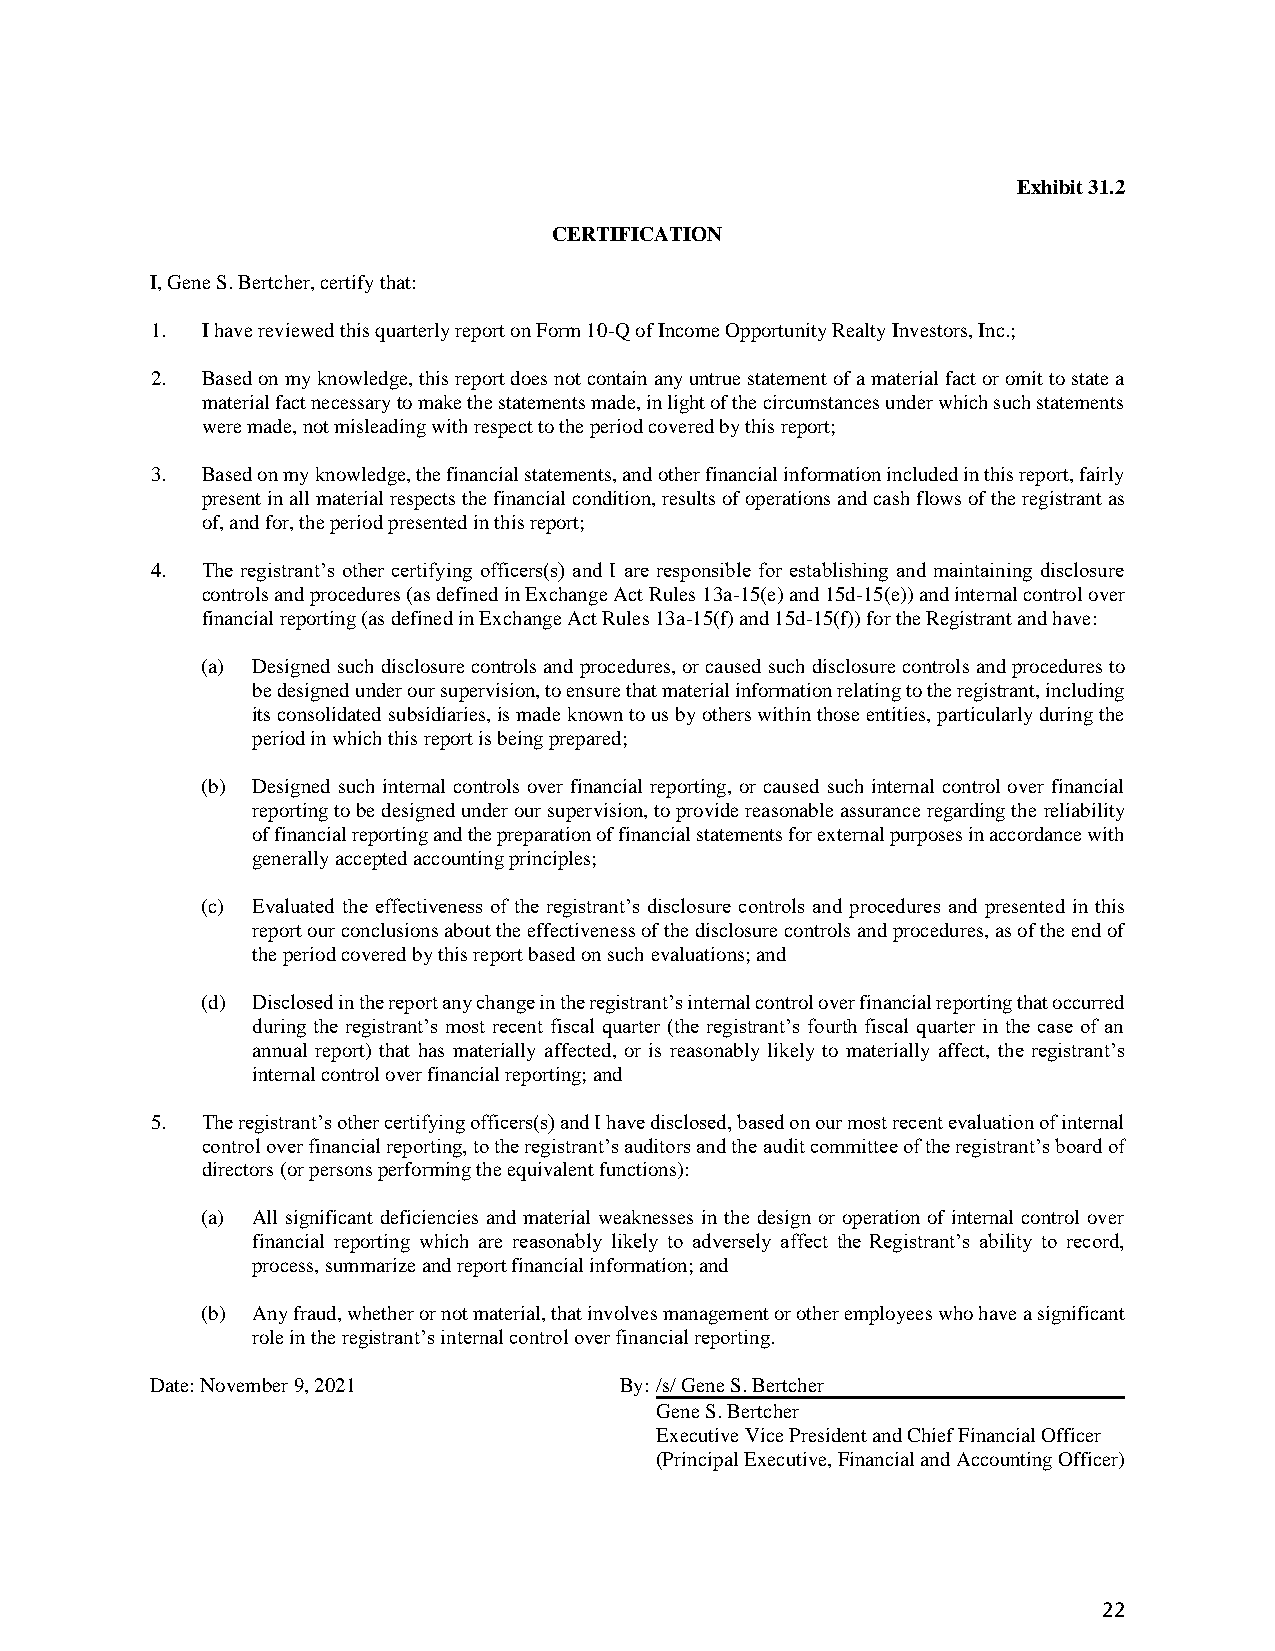
Exhibit 31.2
 CERTIFICATION
 I, Gene S. Bertcher, certify that:
 1. I have reviewed this quarterly report on Form 10-Q of Income Opportunity Realty Investors, Inc.;
 2. Based on my knowledge, this report does not contain any untrue statement of a material fact or omit to state a
 material fact necessary to make the statements made, in light of the circumstances under which such statements
 were made, not misleading with respect to the period covered by this report;
 3. Based on my knowledge, the financial statements, and other financial information included in this report, fairly
 present in all material respects the financial condition, results of operations and cash flows of the registrant as
 of, and for, the period presented in this report;
 4. The registrant’s other certifying officers(s) and I are responsible for establishing and maintaining disclosure
 controls and procedures (as defined in Exchange Act Rules 13a-15(e) and 15d-15(e)) and internal control over
 financial reporting (as defined in Exchange Act Rules 13a-15(f) and 15d-15(f)) for the Registrant and have:
 (a) Designed such disclosure controls and procedures, or caused such disclosure controls and procedures to
 be designed under our supervision, to ensure that material information relating to the registrant, including
 its consolidated subsidiaries, is made known to us by others within those entities, particularly during the
 period in which this report is being prepared;
 (b) Designed such internal controls over financial reporting, or caused such internal control over financial
 reporting to be designed under our supervision, to provide reasonable assurance regarding the reliability
 of financial reporting and the preparation of financial statements for external purposes in accordance with
 generally accepted accounting principles;
 (c) Evaluated the effectiveness of the registrant’s disclosure controls and procedures and presented in this
 report our conclusions about the effectiveness of the disclosure controls and procedures, as of the end of
 the period covered by this report based on such evaluations; and
 (d) Disclosed in the report any change in the registrant’s internal control over financial reporting that occurred
 during the registrant’s most recent fiscal quarter (the registrant’s fourth fiscal quarter in the case of an
 annual report) that has materially affected, or is reasonably likely to materially affect, the registrant’s
 internal control over financial reporting; and
 5. The registrant’s other certifying officers(s) and I have disclosed, based on our most recent evaluation of internal
 control over financial reporting, to the registrant’s auditors and the audit committee of the registrant’s board of
 directors (or persons performing the equivalent functions):
 (a) All significant deficiencies and material weaknesses in the design or operation of internal control over
 financial reporting which are reasonably likely to adversely affect the Registrant’s ability to record,
 process, summarize and report financial information; and
 (b) Any fraud, whether or not material, that involves management or other employees who have a significant
 role in the registrant’s internal control over financial reporting.
 Date: November 9, 2021         By: /s/ Gene S. Bertcher
 Gene S. Bertcher
 Executive Vice President and Chief Financial Officer
 (Principal Executive, Financial and Accounting Officer)
 22